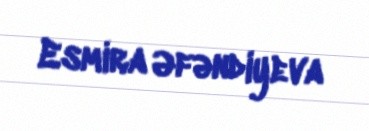
Esmira Əfəndiyeva